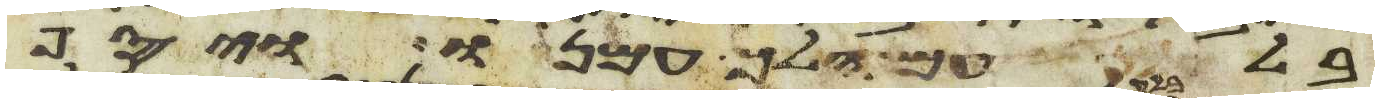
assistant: בלעם הלך עמנו ויסף